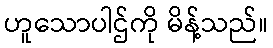
ဟူသောပါဌ်ကို မိန့်သည်။